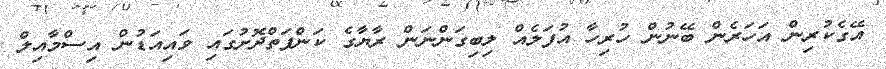
އޭގެކުރިން އަހަރެން ބޭނުން ހުރިހާ އުފަލެއް ލިބިގަންނަން ރާޔާގެ ކަންފަތްދޮށުގައި ވައިއަޑުން އިސްމާއިލް